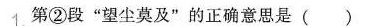
1.第②段”望尘莫及”的正确意思是( )